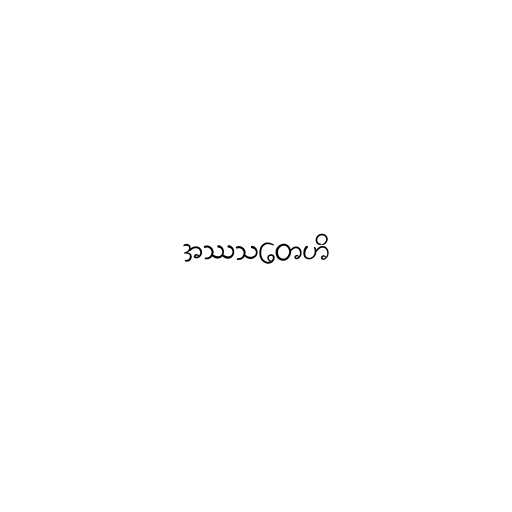
အဿသတေဟိ